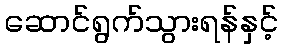
ဆောင်ရွက်သွားရန်နှင့်